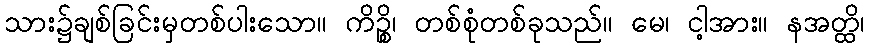
သား၌ချစ်ခြင်းမှတစ်ပါးသော။ ကိဉ္စိ၊ တစ်စုံတစ်ခုသည်။ မေ၊ ငါ့အား။ နအတ္ထိ၊